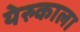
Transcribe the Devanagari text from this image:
येरुकाला